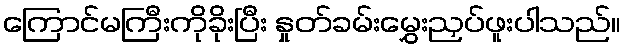
ကြောင်မကြီးကိုခိုးပြီး နှုတ်ခမ်းမွှေးညှပ်ဖူးပါသည်။